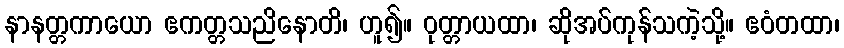
နာနတ္တကာယော ဧကတ္တသညိနောတိ၊ ဟူ၍။ ဝုတ္တာယထာ၊ ဆိုအပ်ကုန်သကဲ့သို့။ ဧဝံတထာ၊